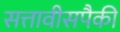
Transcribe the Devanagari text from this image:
सत्तावीसपैकी